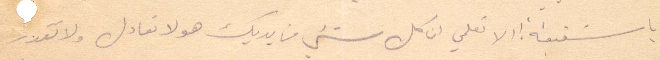
يا شفيقة الا تعلمي ان كل شيء من يديك هو لا تعادل ولا تقدر